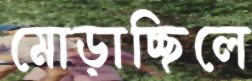
মোড়াচ্ছিলে